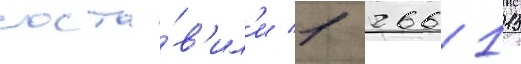
соста́в'ил'и 1 266 115